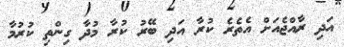
އަދި ރާއްޖެއަށް އެތެރެ ކުރާ އަދި ބޭރު ކުރާ މުދާ ގިންތި ކުރުމާ